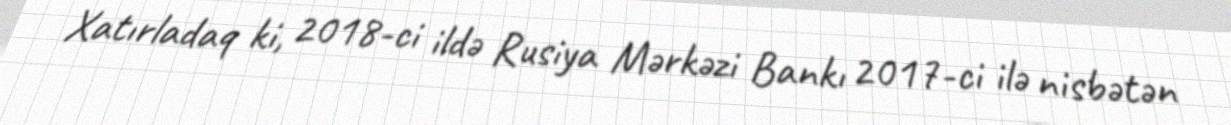
Xatırladaq ki, 2018-ci ildə Rusiya Mərkəzi Bankı 2017-ci ilə nisbətən